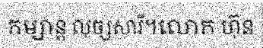
កម្សាន្ត លុច្សសារី។លោក ហ៊ុន